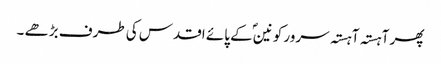
پھر آہستہ آہستہ سرور کونینؐ کے پائے اقدس کی طرف بڑھے ۔